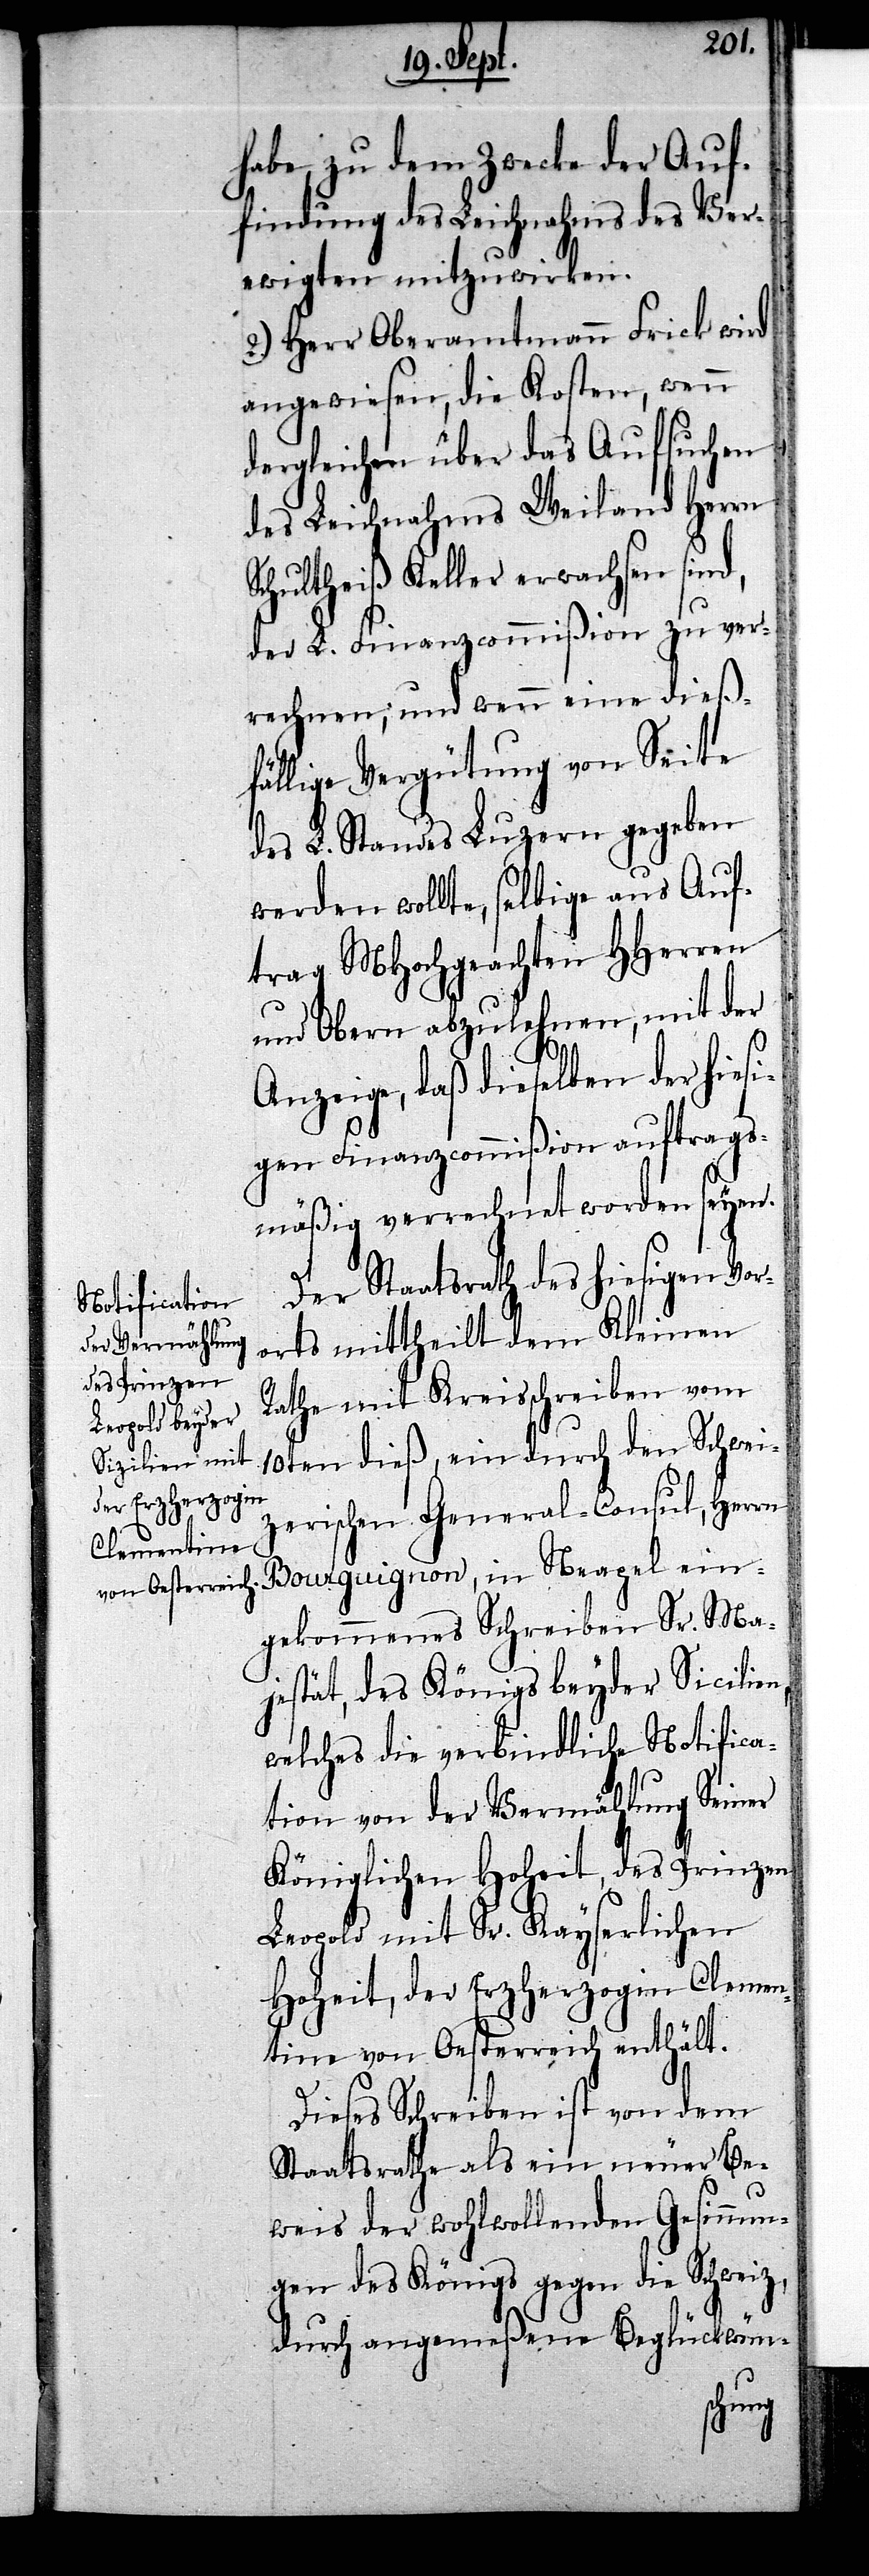
habe, zu dem Zwecke der Auf¬
findung des Leichnahms des Ver¬
ewigten mitzuwirken.
2.) Herr Oberamtmann Frick wird
angewiesen, die Kosten, wenn
dergleichen über das Aufsuchen
des Leichnahms Weiland Herrn
Schultheiß Keller erwachsen sind,
der L. Finanzcommißion zu ver¬
rechnen; und wenn eine dieß¬
fällige Vergütung von Seite
des L. Standes Luzern gegeben
werden wollte, selbige aus Auf¬
trag MHochgeachten HHerren
und Obern abzulehnen, mit der
Anzeige, daß dieselben der hiesi¬
gen Finanzcommißion auftrags¬
mäßig verrechnet worden seyen.
Der Staatsrath des hiesigen Vor¬
orts mittheilt dem Kleinen
Rathe mit Kreisschreiben vom
10ten dieß, ein durch den Schwei¬
zerischen General-Consul, Herrn
Bourguignon, in Neapel ein¬
gekommenes Schreiben Sr. Ma¬
jestät, des Königs beyder Sicilien,
welches die verbindliche Notifica¬
tion von der Vermählung Seiner
Königlichen Hoheit, des Prinzen
Leopold mit Sr. Kayserlichen
Hoheit, der Erzherzogin Clemen¬
tine von Oesterreich enthält.
Dieses Schreiben ist von dem
Staatsrathe als ein neuer Be¬
weis der wohlwollenden Gesinnun¬
gen des Königs gegen die Schweiz,
durch angemeßene Beglückwün-